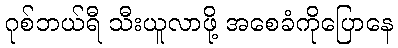
ဂုစ်ဘယ်ရီ သီးယူလာဖို့ အစေခံကိုပြောနေ